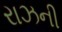
રાઝની